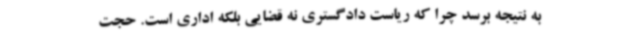
به نتیجه برسد چرا که ریاست دادگستری نه قضایی بلکه اداری است. حجت